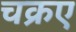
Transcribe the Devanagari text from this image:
चक्रए